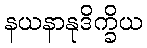
နယနာနုဒိက္ခိယ